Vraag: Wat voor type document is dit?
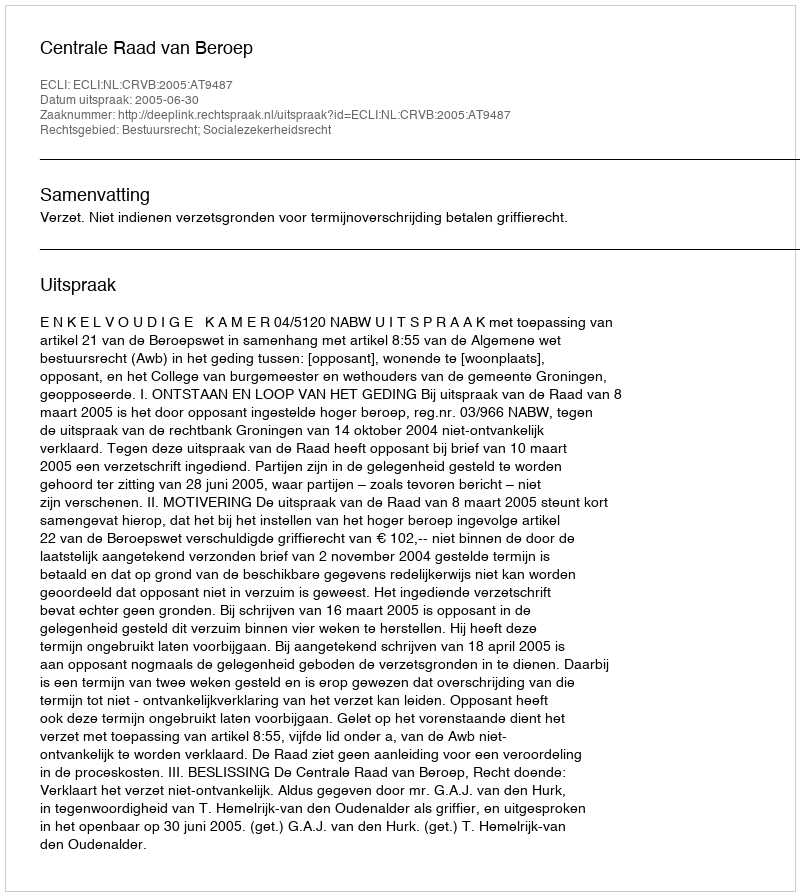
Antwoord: Uitspraak